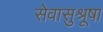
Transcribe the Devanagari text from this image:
सेवासुश्रूषा